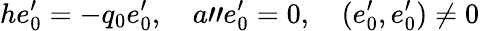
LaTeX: he_{0}^{\prime}=-q_{0}e_{0}^{\prime},\quad a"e_{0}^{\prime}=0,\quad(e_{0}^{\prime},e_{0}^{\prime})\neq 0